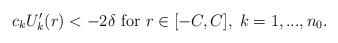
LaTeX: \begin{align*}c_kU_k'(r)<-2\delta \mbox{ for } r\in [-C, C],\; k=1,..., n_0.\end{align*}